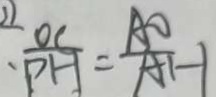
、 \frac { O C } { P H } = \frac { A O } { A H }